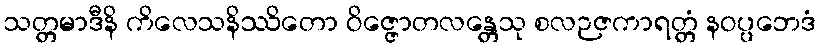
သတ္တမာဒီနိ ကိလေသနိဿိတော ဝိဇ္ဇောတလန္တေသု စလဉဇကာရတ္တံ နဝပ္ပဘေဒံ